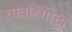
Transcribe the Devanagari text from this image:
वावडिंगाचा